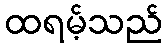
ထရမ့်သည်